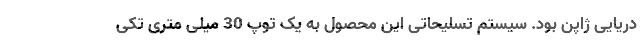
دریایی ژاپن بود. سیستم تسلیحاتی این محصول به یک توپ 30 میلی متری تکی